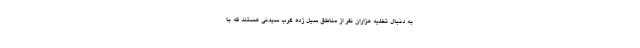
به دنبال تخلیه هزاران نفر از مناطق سیل زده غرب سیدنی هستند که با